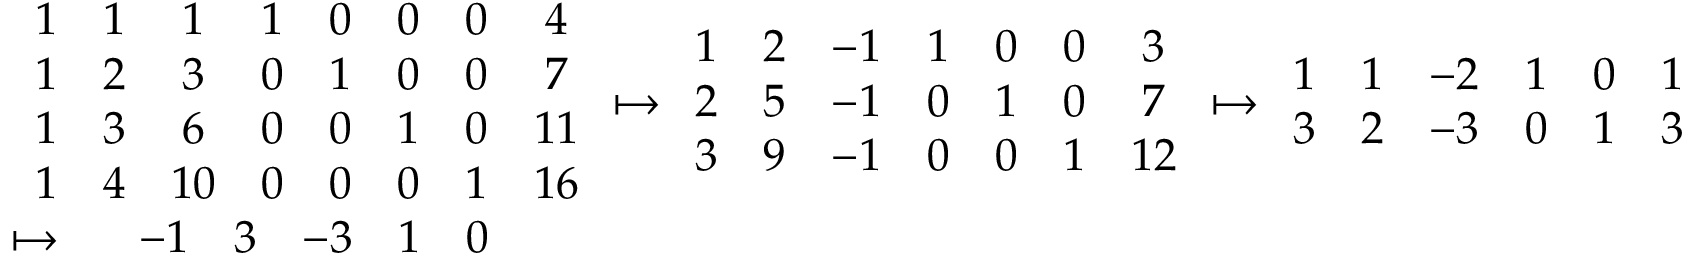
\begin{array} { r l } & { \begin{array} { c c c c c c c c } { 1 } & { 1 } & { 1 } & { 1 } & { 0 } & { 0 } & { 0 } & { 4 } \\ { 1 } & { 2 } & { 3 } & { 0 } & { 1 } & { 0 } & { 0 } & { 7 } \\ { 1 } & { 3 } & { 6 } & { 0 } & { 0 } & { 1 } & { 0 } & { 1 1 } \\ { 1 } & { 4 } & { 1 0 } & { 0 } & { 0 } & { 0 } & { 1 } & { 1 6 } \end{array} \mapsto \begin{array} { c c c c c c c } { 1 } & { 2 } & { - 1 } & { 1 } & { 0 } & { 0 } & { 3 } \\ { 2 } & { 5 } & { - 1 } & { 0 } & { 1 } & { 0 } & { 7 } \\ { 3 } & { 9 } & { - 1 } & { 0 } & { 0 } & { 1 } & { 1 2 } \end{array} \mapsto \begin{array} { c c c c c c } { 1 } & { 1 } & { - 2 } & { 1 } & { 0 } & { 1 } \\ { 3 } & { 2 } & { - 3 } & { 0 } & { 1 } & { 3 } \end{array} } \\ & { \mapsto \begin{array} { c c c c c c } & { - 1 } & { 3 } & { - 3 } & { 1 } & { 0 } \end{array} } \end{array}